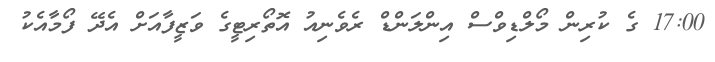
17:00 ގެ ކުރިން މޯލްޑިވްސް އިންލަންޑް ރެވެނިއު އޮތޯރިޓީގެ ވަޒީފާއަށް އެދޭ ފޯމާއެކު